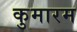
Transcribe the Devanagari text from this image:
कुमारम